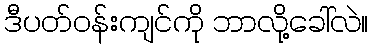
ဒီပတ်ဝန်းကျင်ကို ဘာလို့ခေါ်လဲ။